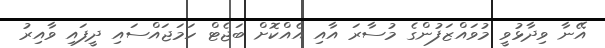
އޭނާ ވިދާޅުވީ މުވައްޒަފުންގެ މުސާރަ އާއި އެއްކޮށް ބަޖެޓް ހަމަޖައްސައި ދީފައި ވާއިރު